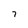
Character: 7